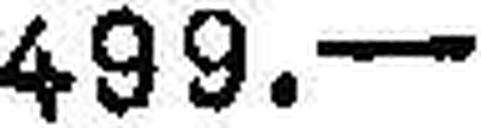
499.—